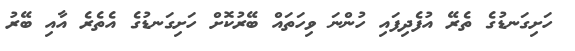
ހަށިގަނޑުގެ ތެރޭ އުފެދިފައި ހުންނަ ވިހަތައް ބޭރުކޮށް ހަށިގަނޑުގެ އެތެރެ އާއި ބޭރު